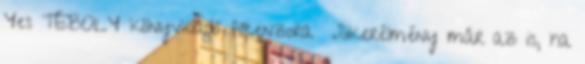
Yes TÉBOLY könyvkiadó főcenzora „Sikerélmény már az is, ha